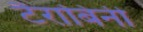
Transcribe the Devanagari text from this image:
टैराबिनी